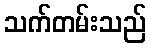
သက်တမ်းသည်